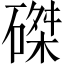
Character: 磔